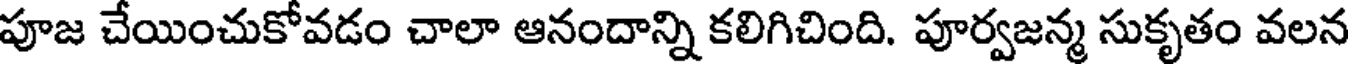
పూజ చేయించుకోవడం చాలా ఆనందాన్ని కలిగిచింది. పూర్వజన్మ సుకృతం వలన